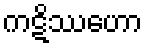
ကဋိဿဟော